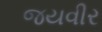
જયવીર